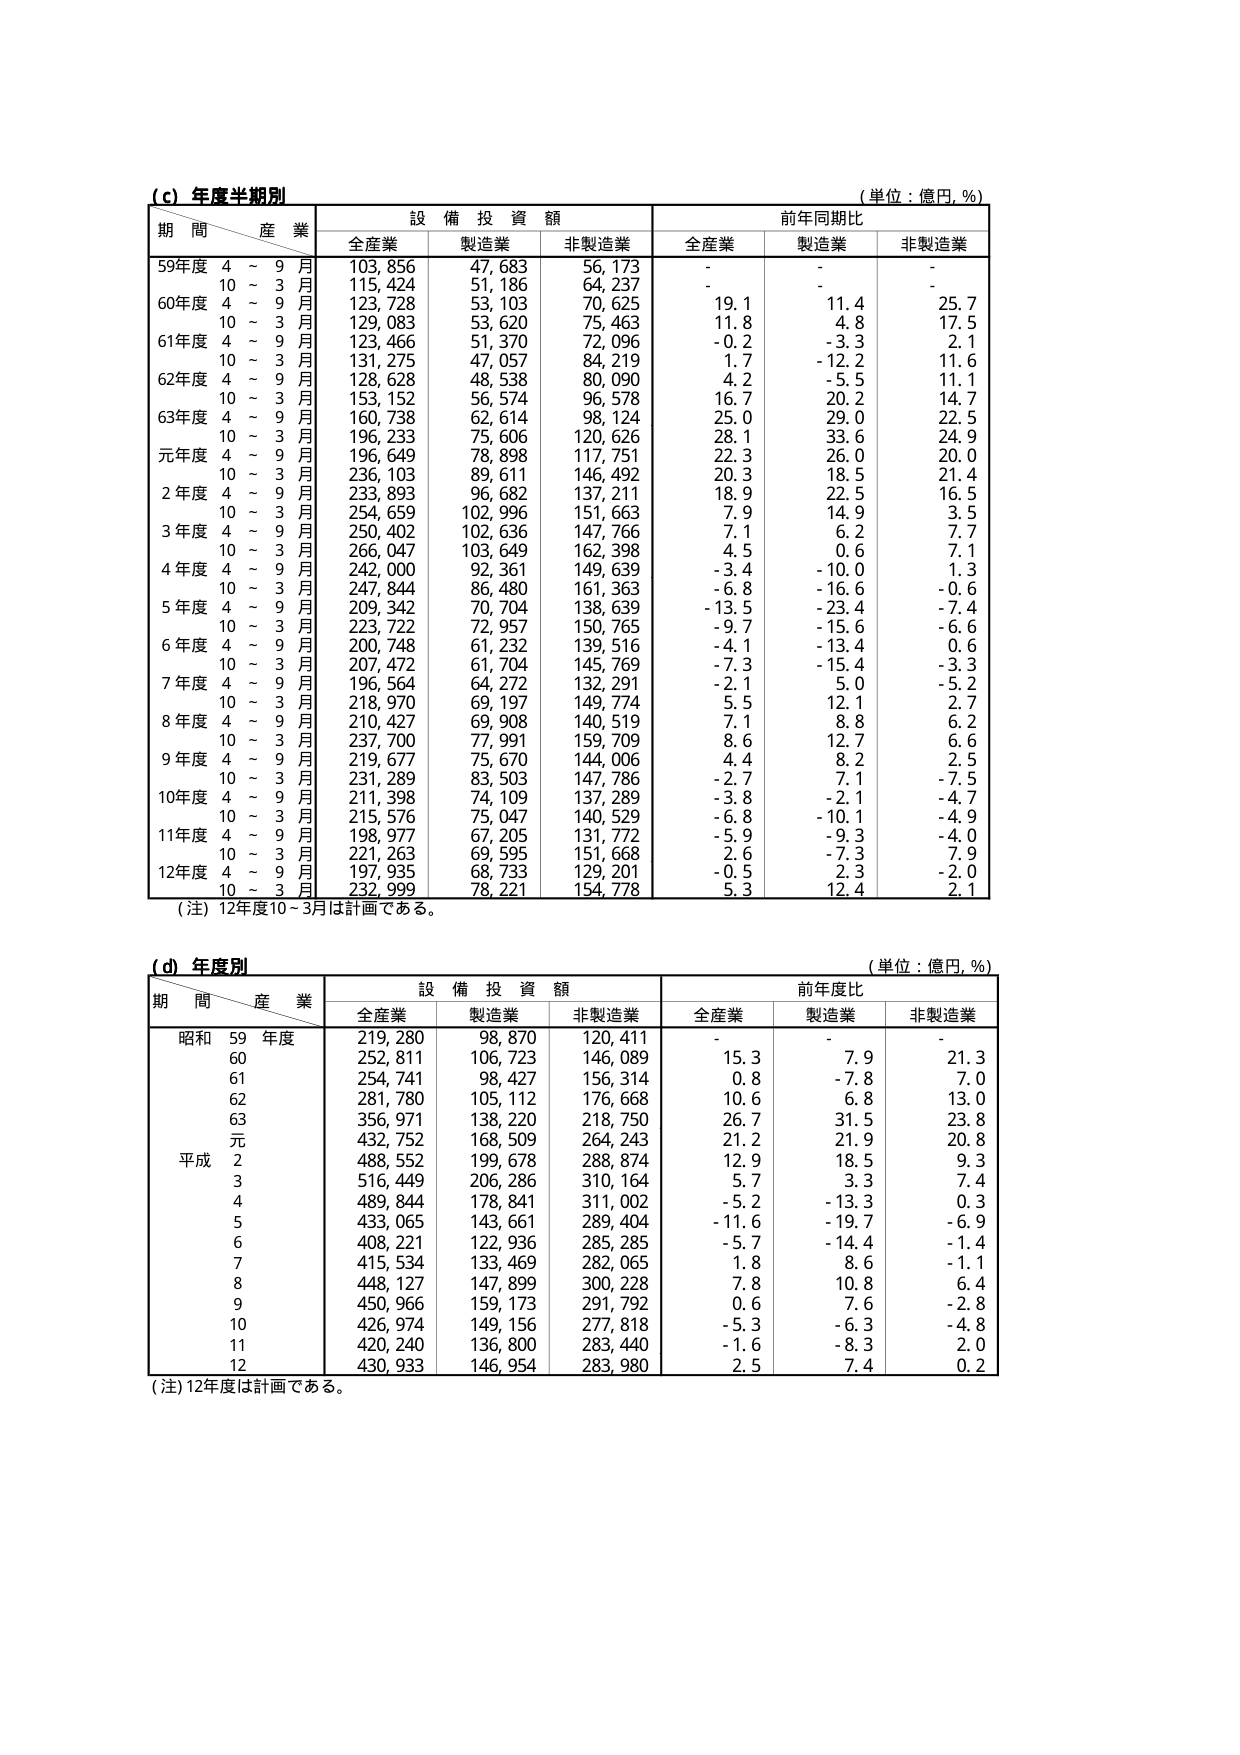
(c) 年度半期別
(単位：億円, %)
期 間／産 業
設 備 投 資 額
前年同期比
全産業
製造業
非製造業
全産業
製造業
非製造業
59年度 4～9月
103,856
47,683
56,173
-
-
-
10～3月
115,424
51,186
64,237
-
-
-
60年度 4～9月
123,728
53,103
70,625
19.1
11.4
25.7
10～3月
129,083
53,620
75,463
11.8
4.8
17.5
61年度 4～9月
123,466
51,370
72,096
-0.2
-3.3
2.1
10～3月
131,275
47,057
84,219
1.7
-12.2
11.6
62年度 4～9月
128,628
48,538
80,090
4.2
-5.5
11.1
10～3月
153,152
56,574
96,578
16.7
20.2
14.7
63年度 4～9月
160,738
62,614
98,124
25.0
29.0
22.5
10～3月
196,233
75,606
120,626
28.1
33.6
24.9
元年度 4～9月
196,649
78,898
117,751
22.3
26.0
20.0
10～3月
236,103
89,611
146,492
20.3
18.5
21.4
2年度 4～9月
233,893
96,682
137,211
18.9
22.5
16.5
10～3月
254,659
102,996
151,663
7.9
14.9
3.5
3年度 4～9月
250,402
102,636
147,766
7.1
6.2
7.7
10～3月
266,047
103,649
162,398
4.5
0.6
7.1
4年度 4～9月
242,000
92,361
149,639
-3.4
-10.0
1.3
10～3月
247,844
86,480
161,363
-6.8
-16.6
-0.6
5年度 4～9月
209,342
70,704
138,639
-13.5
-23.4
-7.4
10～3月
223,722
72,957
150,765
-9.7
-15.6
-6.6
6年度 4～9月
200,748
61,232
139,516
-4.1
-13.4
0.6
10～3月
207,472
61,704
145,769
-7.3
-15.4
-3.3
7年度 4～9月
196,564
64,272
132,291
-2.1
5.0
-5.2
10～3月
218,970
69,197
149,774
5.5
12.1
2.7
8年度 4～9月
210,427
69,908
140,519
7.1
8.8
6.2
10～3月
237,700
77,991
159,709
8.6
12.7
6.6
9年度 4～9月
219,677
75,670
144,006
4.4
8.2
2.5
10～3月
231,289
83,503
147,786
-2.7
7.1
-7.5
10年度 4～9月
211,398
74,109
137,289
-3.8
-2.1
-4.7
10～3月
215,576
75,047
140,529
-6.8
-10.1
-4.9
11年度 4～9月
198,977
67,205
131,772
-5.9
-9.3
-4.0
10～3月
221,263
69,595
151,668
2.6
-7.3
7.9
12年度 4～9月
197,935
68,733
129,201
-0.5
2.3
-2.0
10～3月
232,999
78,221
154,778
5.3
12.4
2.1
(注) 12年度10～3月は計画である。

(d) 年度別
(単位：億円, %)
期 間／産 業
設 備 投 資 額
前年度比
全産業
製造業
非製造業
全産業
製造業
非製造業
昭和 59年度
219,280
98,870
120,411
-
-
-
60
252,811
106,723
146,089
15.3
7.9
21.3
61
254,741
98,427
156,314
0.8
-7.8
7.0
62
281,780
105,112
176,668
10.6
6.8
13.0
63
356,971
138,220
218,750
26.7
31.5
23.8
元
432,752
168,509
264,243
21.2
21.9
20.8
平成 2
488,552
199,678
288,874
12.9
18.5
9.3
3
516,449
206,286
310,164
5.7
3.3
7.4
4
489,844
178,841
311,002
-5.2
-13.3
0.3
5
433,065
143,661
289,404
-11.6
-19.7
-6.9
6
408,221
122,936
285,285
-5.7
-14.4
-1.4
7
415,534
133,469
282,065
1.8
8.6
-1.1
8
448,127
147,899
300,228
7.8
10.8
6.4
9
450,966
159,173
291,792
0.6
7.6
-2.8
10
426,974
149,156
277,818
-5.3
-6.3
-4.8
11
420,240
136,800
283,440
-1.6
-8.3
2.0
12
430,933
146,954
283,980
2.5
7.4
0.2
(注) 12年度は計画である。